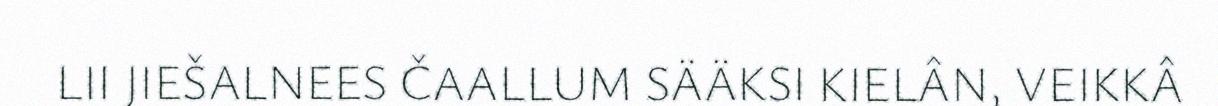
LII JIEŠALNEES ČAALLUM SÄÄKSI KIELÂN, VEIKKÂ